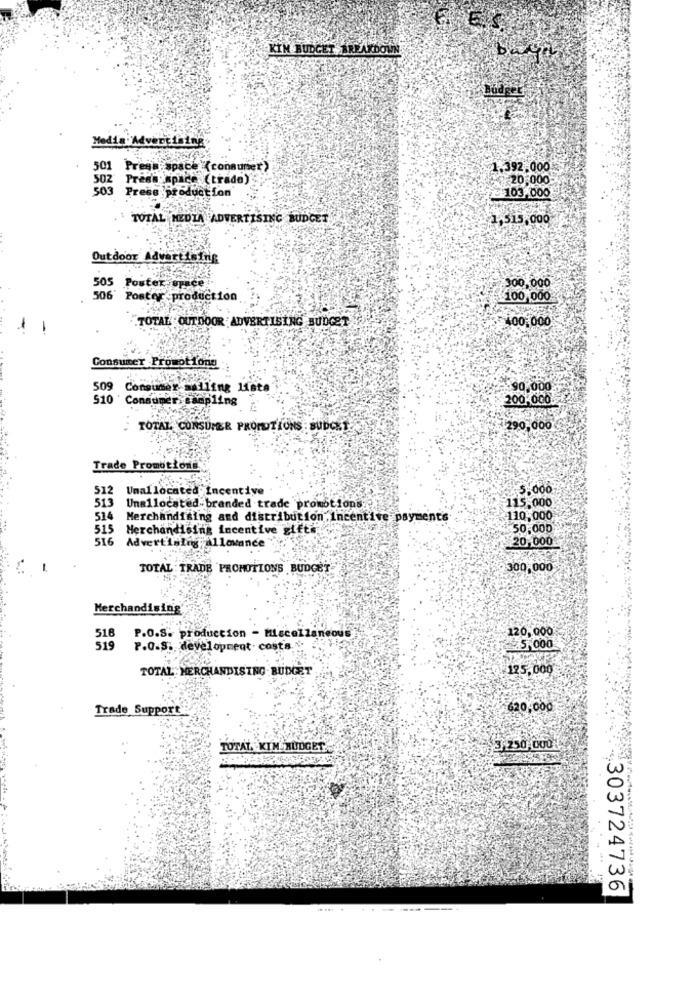
KIM BUDGET BREAKDOWN
Medis Advertising
501
espace (consumer>
1.392,000
502 Press space (trade)
20,000
Press production
≥ 103.000
TOTAL MEDIA ADVERTISING BUDGET
1,515,000
Outdoor Advertising
300, 000
505 Poster space
506' Poster :production
100,000
TOTAL OUTDOOR ADVERTISING BUDGET
100,000
Consumer Promot Ions
509 Consumer-malling lista
:90.000
510 Consumer. sampling
200,000
TOTAL CONSUMER PROMOTIONS : SUDO12
290,000
Trade Promotionex
512
Unallocated Incentive
115.000
513 Unallocated-branded trade promotions ..
514 Merchandising and distribution,Incentive payments
110,000
515 Merchandising incentive gift *;.
50.000
516
Advertislig;allowance"
20,000
TOTAL TRADE PROMOTIONS BUDGET
300,000
Merchandising
120,000
518
P.O.S. production - Miscellaneous
5,000
519
P.O.S ., development . cost's.
TOTAL MERCHANDISING BUDGET
125,000
Trade Support
620,000
TOTAL KIM HUDGET
3,250,0001
303724736